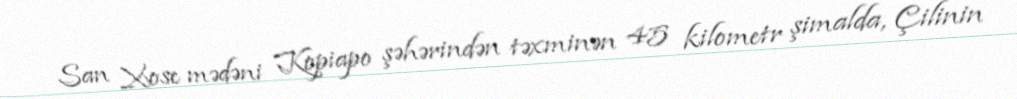
San Xose mədəni Kopiapo şəhərindən təxminən 45 kilometr şimalda, Çilinin